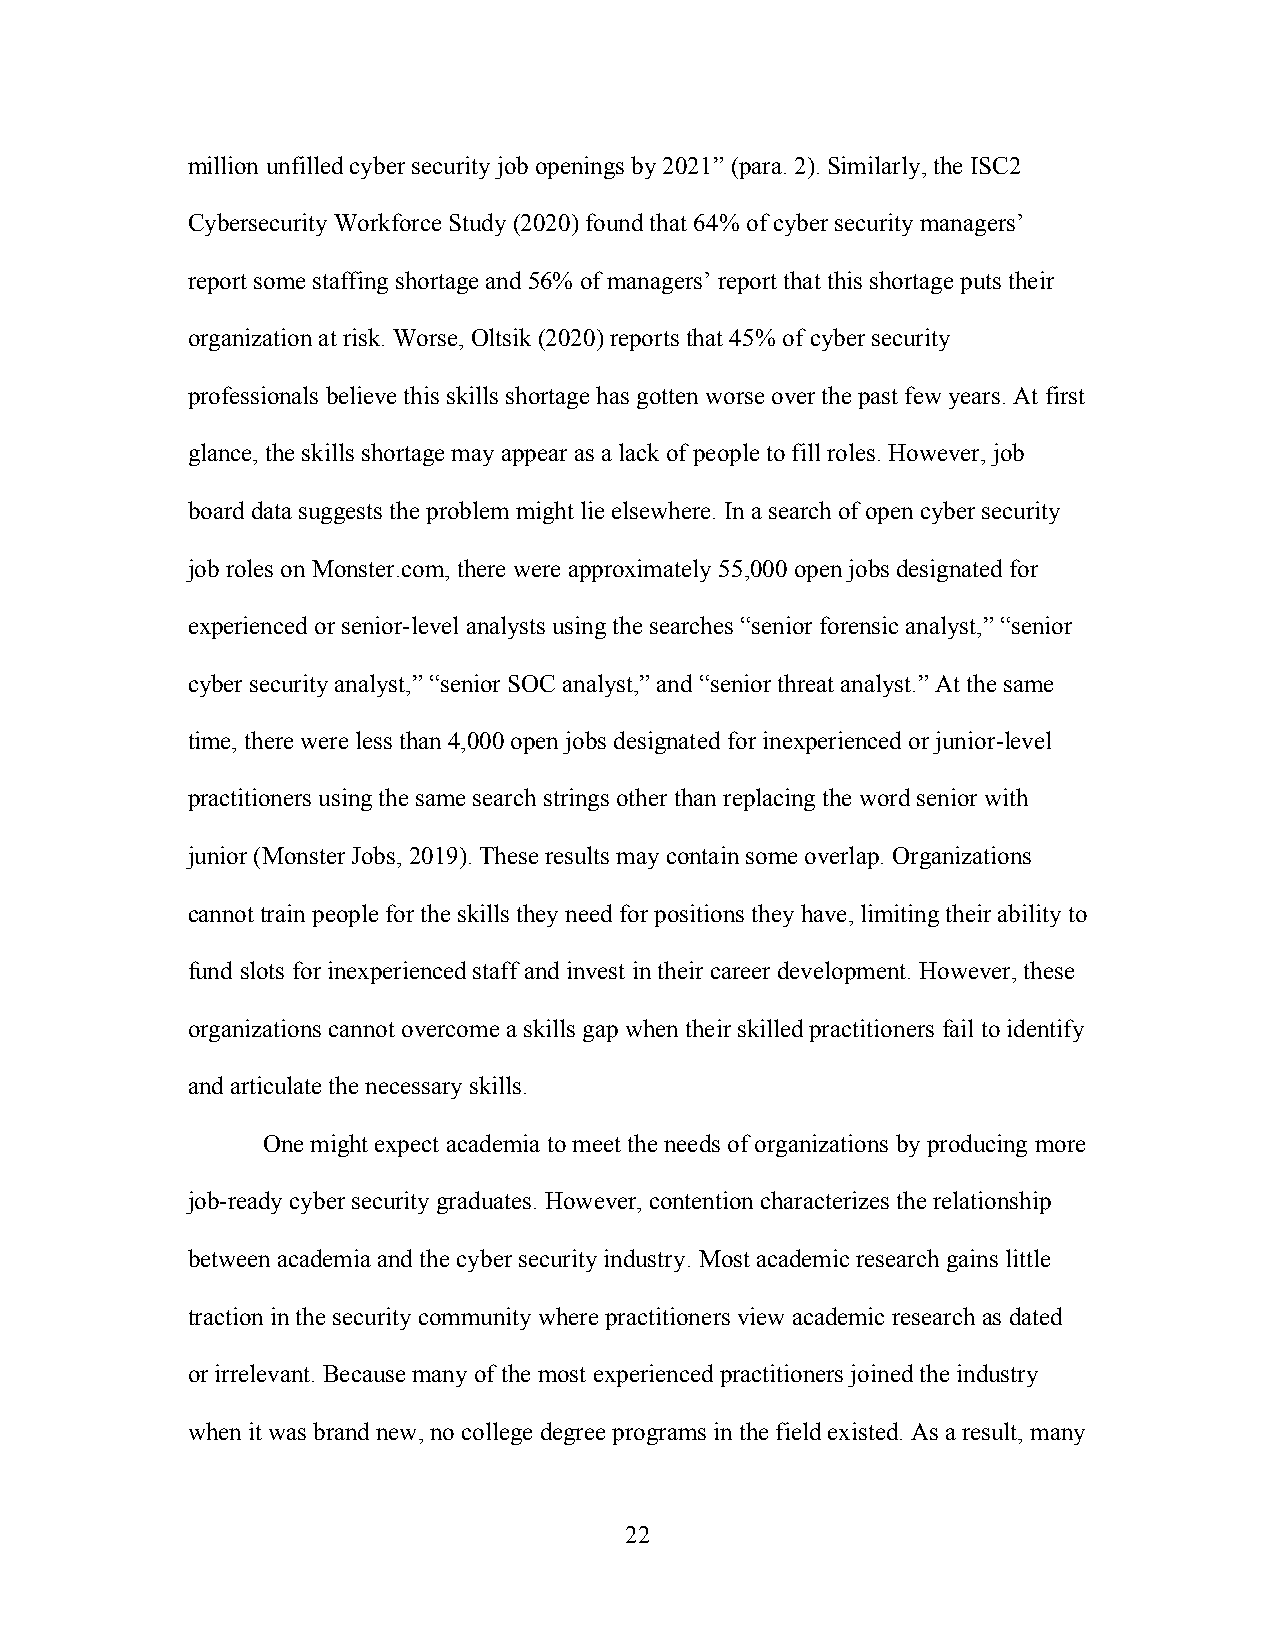
million unfilled cyber security job openings by 2021” (para. 2). Similarly, the ISC2
 Cybersecurity Workforce Study (2020) found that 64% of cyber security managers’
 report some staffing shortage and 56% of managers’ report that this shortage puts their
 organization at risk. Worse, Oltsik (2020) reports that 45% of cyber security
 professionals believe this skills shortage has gotten worse over the past few years. At first
 glance, the skills shortage may appear as a lack of people to fill roles. However, job
 board data suggests the problem might lie elsewhere. In a search of open cyber security
 job roles on Monster.com, there were approximately 55,000 open jobs designated for
 experienced or senior-level analysts using the searches “senior forensic analyst,” “senior
 cyber security analyst,” “senior SOC analyst,” and “senior threat analyst.” At the same
 time, there were less than 4,000 open jobs designated for inexperienced or junior-level
 practitioners using the same search strings other than replacing the word senior with
 junior (Monster Jobs, 2019). These results may contain some overlap. Organizations
 cannot train people for the skills they need for positions they have, limiting their ability to
 fund slots for inexperienced staff and invest in their career development. However, these
 organizations cannot overcome a skills gap when their skilled practitioners fail to identify
 and articulate the necessary skills.
 One might expect academia to meet the needs of organizations by producing more
 job-ready cyber security graduates. However, contention characterizes the relationship
 between academia and the cyber security industry. Most academic research gains little
 traction in the security community where practitioners view academic research as dated
 or irrelevant. Because many of the most experienced practitioners joined the industry
 when it was brand new, no college degree programs in the field existed. As a result, many
 22